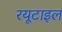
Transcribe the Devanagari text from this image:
रयूटाइल